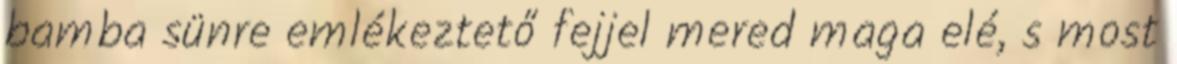
bamba sünre emlékeztető fejjel mered maga elé, s most